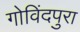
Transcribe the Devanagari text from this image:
गोविंदपुरा